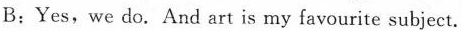
B:Yes, we do. And art is my favourite subject.